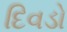
દિવડો